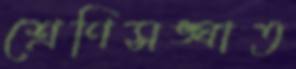
শ্রেণিসঙ্ঘাত